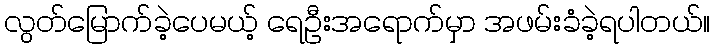
လွတ်မြောက်ခဲ့ပေမယ့် ရေဦးအရောက်မှာ အဖမ်းခံခဲ့ရပါတယ်။